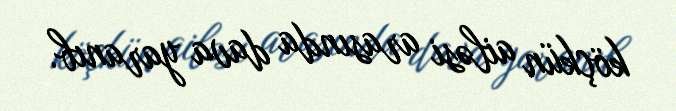
köçkün ailəsi arasında dava yaranıb.